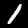
Digit: 1